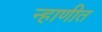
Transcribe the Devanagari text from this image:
न्हाणीत